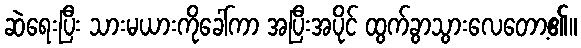
ဆဲရေးပြီး သားမယားကိုခေါ်ကာ အပြီးအပိုင် ထွက်ခွာသွားလေတော့၏။